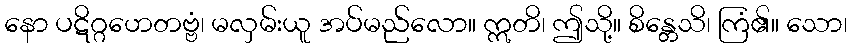
နော ပဋိဂ္ဂဟေတဗ္ဗံ၊ မလှမ်းယူ အပ်မည်လော။ ဣတိ၊ ဤသို့။ စိန္တေသိ၊ ကြံ၏။ သော၊